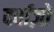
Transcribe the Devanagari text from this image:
दर्वाज़ों